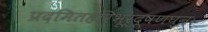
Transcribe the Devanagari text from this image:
प्रदमितहरिभूर्दूषणघ्नः